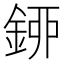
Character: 𨦰